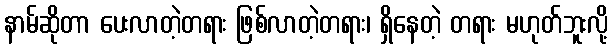
နာမ်ဆိုတာ ပေးလာတဲ့တရား ဖြစ်လာတဲ့တရား၊ ရှိနေတဲ့ တရား မဟုတ်ဘူးလို့